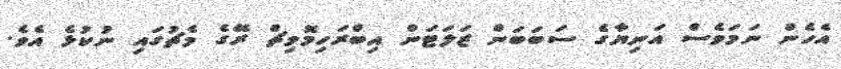
އެހެން ނަަމަވެސް އަނިޔާގެ ސަބަބަން ޒަލަޓަން އިބްރަހިމޮވިޗް ރޭގެ މެޗުގައި ނުކުޅެ އެވެ.